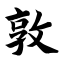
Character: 敦